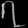
Digit: ၇